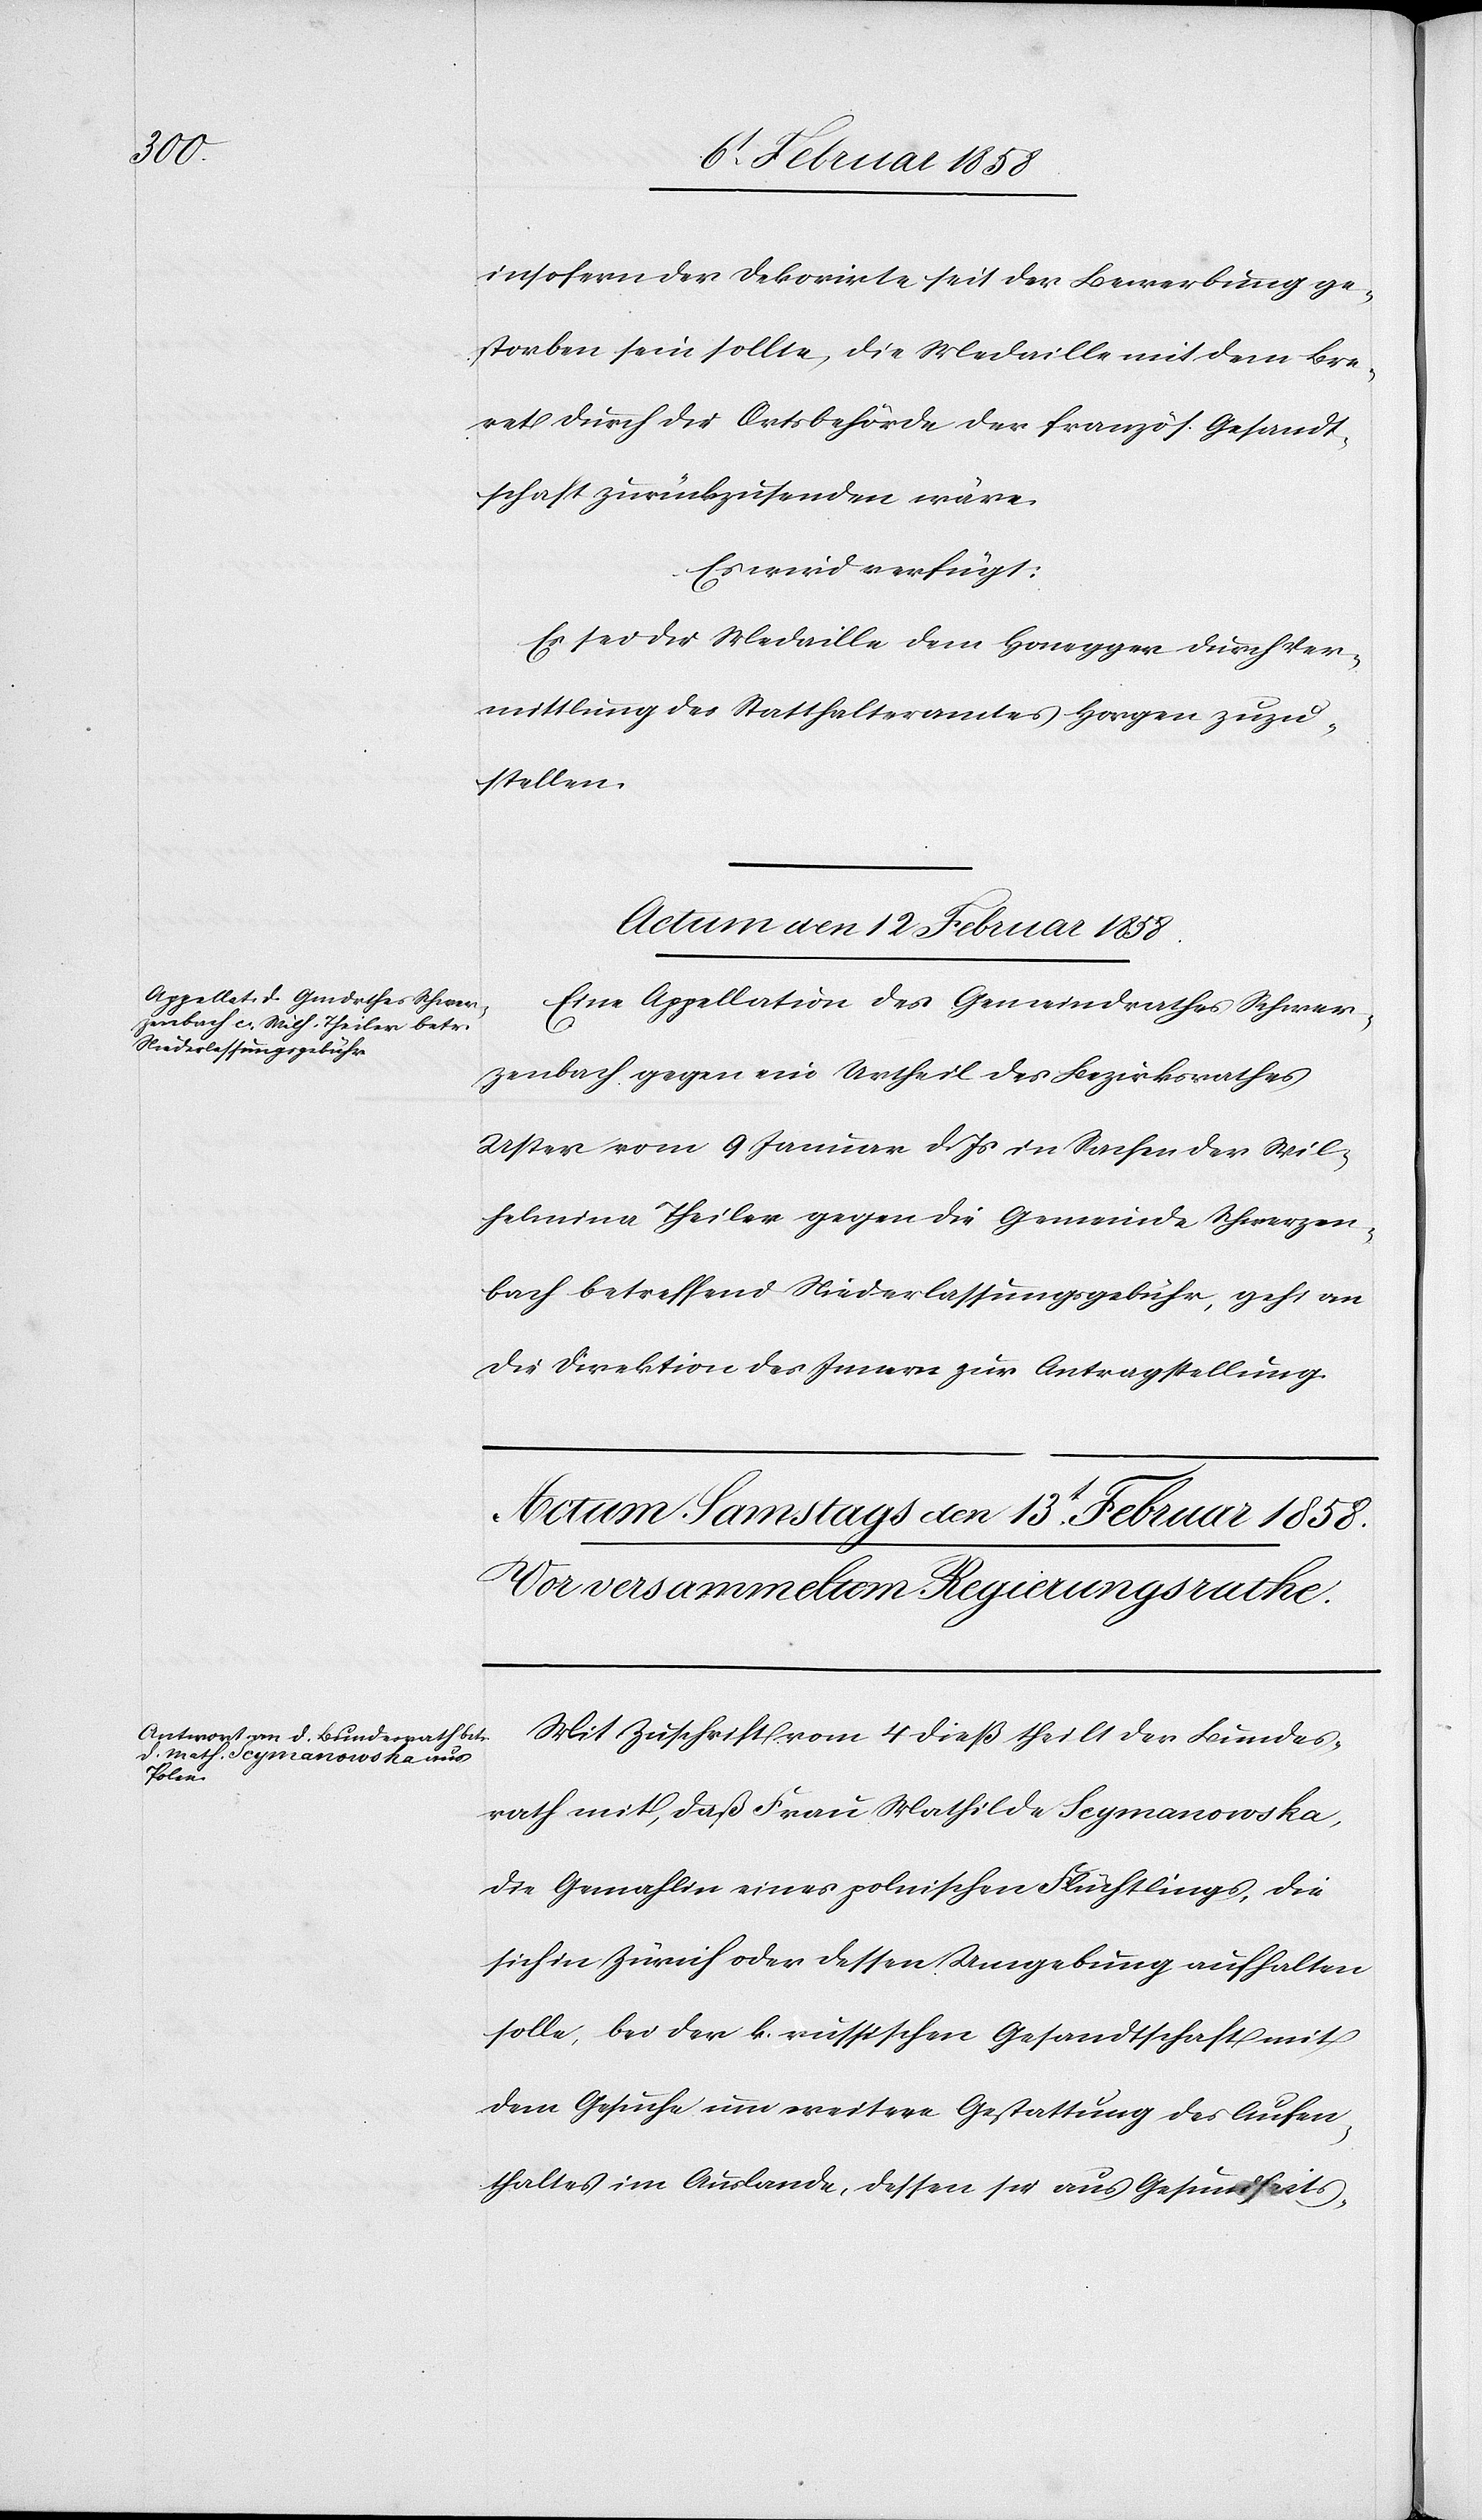
insofern der Dekorirte seit der Bewerbung ge¬
storben sein sollte, die Medaille mit dem Bre¬
vet durch die Ortsbehörde der französ. Gesandt¬
schaft zurückzusenden wäre.
Es wird verfügt:
Es sei die Medaille dem Honegger durch Ver¬
mittlung des Statthalteramtes Horgen zuzu¬
stellen.
Actum den 12 Februar 1858.
Eine Appellation des Gemeindrathes Schwer¬
zenbach gegen ein Urtheil des Bezirksrathes
Uster vom 9 Januar d. Js in Sachen der Wil¬
helmina Theiler gegen die Gemeinde Schwerzen¬
bach betreffend Niederlassungsgebühr, geht an
die Direktion des Innern zur Antragstellung.
Mit Zuschrift vom 4 dieß theilt der Bundes¬
rath mit, daß Frau Mathilde Scymanowska,
die Gemahlin eines polnischen Flüchtlings, die
sich in Zürich oder dessen Umgebung aufhalten
solle, bei der k. russischen Gesandtschaft mit
dem Gesuche um weitere Gestattung des Aufen¬
thaltes im Auslande, dessen sie aus Gesundheits-